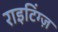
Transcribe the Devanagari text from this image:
राइटिंग्ज़